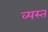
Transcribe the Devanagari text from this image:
व्‍यस्त